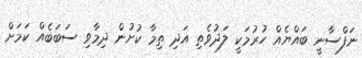
ނަފްސާނީ ބައްޔެއް ހުރުމަކީ ލަދުވެތި އަދި ތިމާ ކުށުން ދިމާވި ސަބަބެއް ކަމަށް